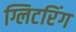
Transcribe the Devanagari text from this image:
ग्लिटरिंग